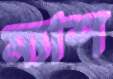
ম্যাশ